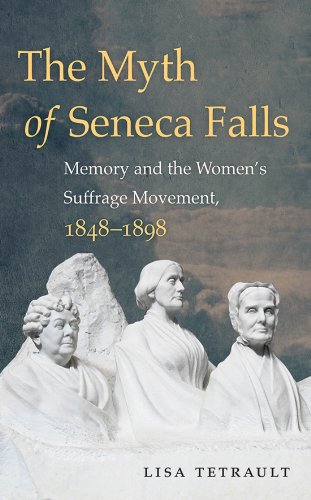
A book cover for The Myth of Seneca Falls: Memory and the Women's Suffrage Movement, 1848-1898 (Gender and American Culture); Lisa Tetrault; History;